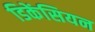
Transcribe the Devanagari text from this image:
डिकेंसियन